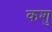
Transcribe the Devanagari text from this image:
कशु